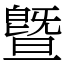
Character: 曁